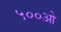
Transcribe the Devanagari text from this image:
५००ओ